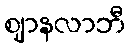
ဈာနလာဘီ